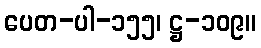
ပေတ-ပါ-၁၅၅၊ ဋ္ဌ-၁၀၉။